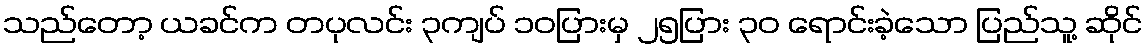
သည်တော့ ယခင်က တပုလင်း ၃ကျပ် ၁၀ပြားမှ ၂၅ပြား ၃၀ ရောင်းခဲ့သော ပြည်သူ့ ဆိုင်